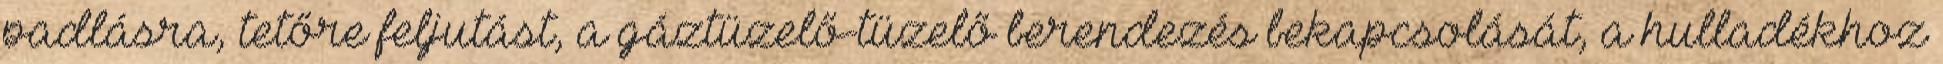
padlásra, tetőre feljutást, a gáztüzelő-tüzelő berendezés bekapcsolását, a hulladékhoz